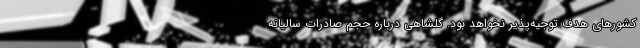
کشورهای هدف توجیه‌پذیر نخواهد بود. گلشاهی درباره حجم صادرات سالیانه